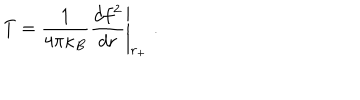
T = \frac { 1 } { 4 \pi \kappa _ { B } } \left. \frac { d f ^ { 2 } } { d r } \right| _ { r _ { + } } \; .